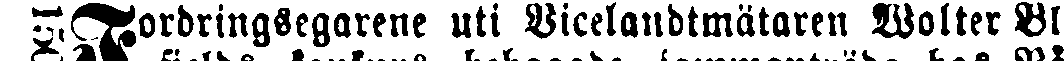
Fordringsegarene uti Vicelandtmätaren Wolter Bläs